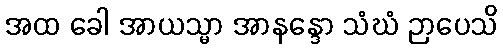
အထ ခေါ အာယသ္မာ အာနန္ဒော သံဃံ ဉာပေသိ